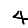
Digit: 4